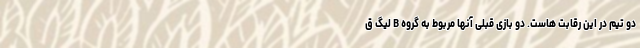
دو تیم در این رقابت هاست. دو بازی قبلی آنها مربوط به گروه B لیگ ق